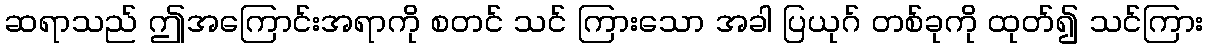
ဆရာသည် ဤအကြောင်းအရာကို စတင် သင် ကြားသော အခါ ပြယုဂ် တစ်ခုကို ထုတ်၍ သင်ကြား